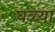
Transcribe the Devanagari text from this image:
घळ्या